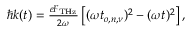
\begin{array} { r } { \hbar k ( t ) = \frac { e F _ { \mathrm { T H z } } } { 2 \omega } \left[ ( \omega t _ { o , n , \nu } ) ^ { 2 } - ( \omega t ) ^ { 2 } \right] , } \end{array}